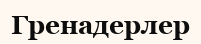
Гренадерлер